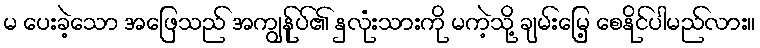
မ ပေးခဲ့သော အဖြေသည် အကျွန်ုပ်၏ နှလုံးသားကို မကဲ့သို့ ချမ်းမြေ့ စေနိုင်ပါမည်လား။